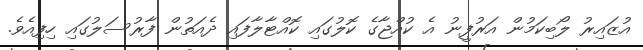
އުޒައިރު ލޯބިކަމުން އަރުފީނު އެ ކުއްޖާގެ ކޮލުގައި ކޮއްޓާލާފައި ދެއަތުން ފާރުސަލުގައި ހިފިއެވެ.